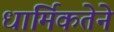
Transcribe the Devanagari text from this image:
धार्मिकतेने